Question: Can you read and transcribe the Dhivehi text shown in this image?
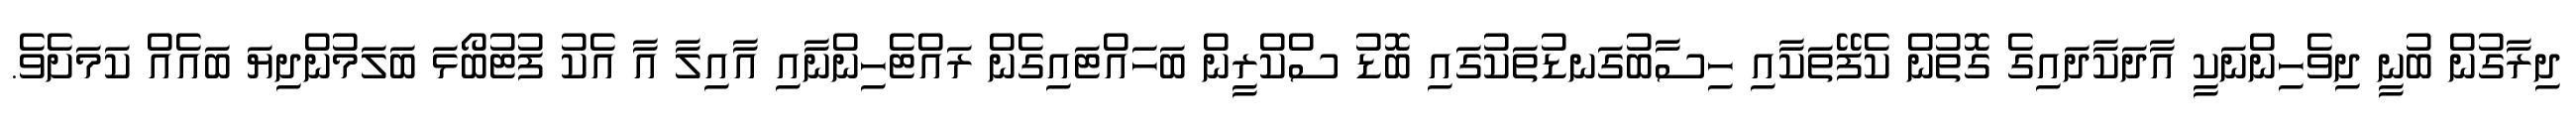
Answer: ދިރާގުން ބުނީ ދިވެހިންނަކީ އާދަކާދައިގެ ގޮތުން ކެފޭތަކާއި ހިސާބުގަނޑުތަކުގައި ބޮޑު ސްކްރީން ބަހައްޓައިގެން ރައްޓެހިންނާއި އާއިލާ އާ އެކު ފުޓުބޯޅަ ބަލަމުންދިޔަ ބައެއް ކަމަށެވެ.